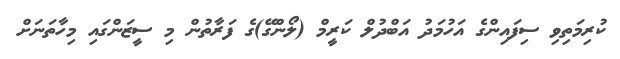
ކުރިމަތިވި ސިފައިންގެ އަހުމަދު އަބްދުލް ކަރީމް (ލޯންގޭ)ގެ ފަރާތުން މި ސީޒަންގައި މިހާތަނަށް